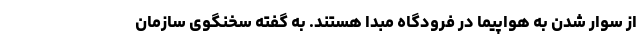
از سوار شدن به هواپیما در فرودگاه مبدا هستند. به گفته سخنگوی سازمان